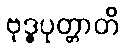
ဗုဒ္ဓပုတ္တာတိ